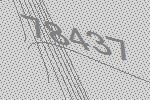
78437